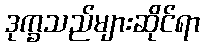
ဒုက္ခသည်များဆိုင်ရာ